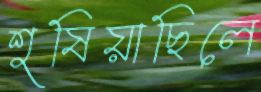
শুষিয়াছিলে